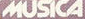
MUSICA